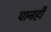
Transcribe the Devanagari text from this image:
पानही